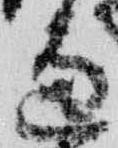
辺